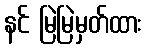
နင် မြဲမြဲမှတ်ထား